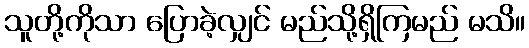
သူတို့ကိုသာ ပြောခဲ့လျှင် မည်သို့ရှိကြမည် မသိ။